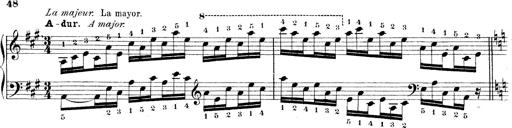
Title: Technische Studien
Composer: Franz Liszt